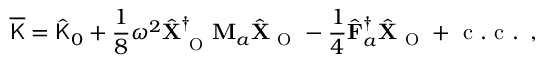
\overline { { \mathsf { K } } } = \hat { \mathsf { K } } _ { 0 } + \frac { 1 } { 8 } \omega ^ { 2 } \hat { \mathbf { X } } _ { \mathrm { ~ O ~ } } ^ { \dagger } \mathbf { M } _ { a } \hat { \mathbf { X } } _ { \mathrm { ~ O ~ } } - \frac { 1 } { 4 } \hat { \mathbf { F } } _ { a } ^ { \dagger } \hat { \mathbf { X } } _ { \mathrm { ~ O ~ } } + \mathrm { ~ c ~ . ~ c ~ . ~ } \, ,